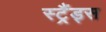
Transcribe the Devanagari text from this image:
स्ट्रैंड्स